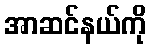
အာဆင်နယ်ကို